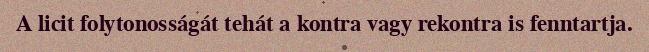
A licit folytonosságát tehát a kontra vagy rekontra is fenntartja.